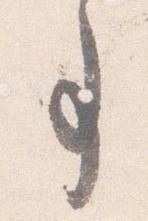
事